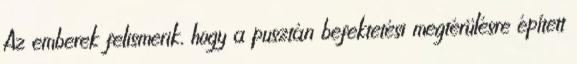
Az emberek felismerik, hogy a pusztán befektetési megtérülésre épített